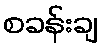
စခန်းချ